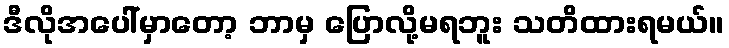
ဒီလိုအပေါ်မှာတော့ ဘာမှ ပြောလို့မရဘူး သတိထားရမယ်။